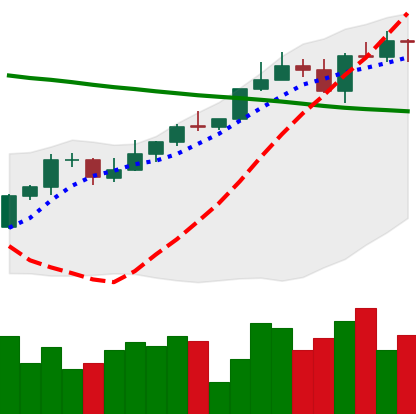
Ticker: ETH-USD
Chart end date: 2022-04-04
Forward return: -7.365%
Label: down_7plus